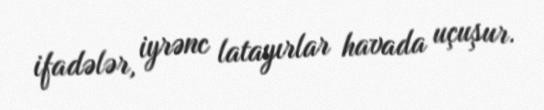
ifadələr, iyrənc latayırlar havada uçuşur.